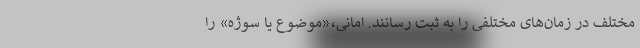
مختلف در زمان‌های مختلفی را به ثبت رسانند. امانی،«موضوع یا سوژه» را